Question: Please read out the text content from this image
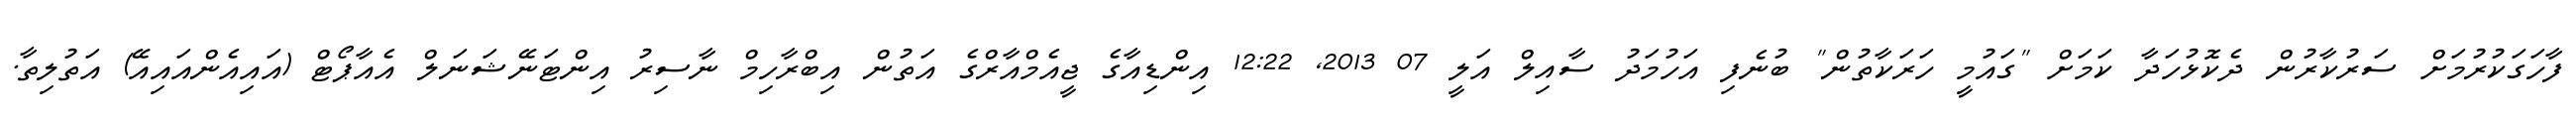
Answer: ފާހަގަކުރުމަށް ސަރުކާރުން ދެކޮޅުހަދާ ކަމަށް "ގައުމީ ހަރަކާތުން" ބުނެފި އަހުމަދު ސާއިލް އަލީ 07 2013, 12:22 އިންޑިއާގެ ޖީއެމްއާރްގެ އަތުން އިބްރާހިމް ނާސިރު އިންޓަނޭޝަނަލް އެއާޕޯޓް (އައިއެންއައިއޭ) އަތުލިތާ.